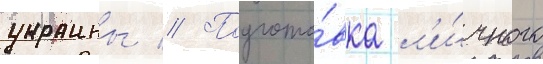
украины // Подгото́вка л'и́чного